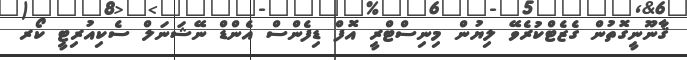
ޤާނޫނީގޮތުން ގެޒެޓްކުރެވޭ ލިޔުން މިނިސްޓްރީ އޮފް ޑިފެންސް އެންޑް ނޭޝަނަލް ސެކިއުރިޓީ ކޯރ